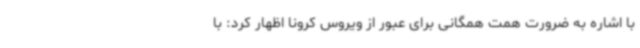
با اشاره به ضرورت همت همگانی برای عبور از ویروس کرونا اظهار کرد: با